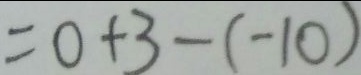
= 0 + 3 - ( - 1 0 )